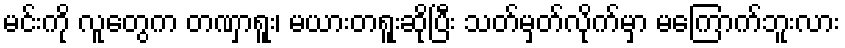
မင်းကို လူတွေက တဏှာရူး၊ မယားတရူးဆိုပြီး သတ်မှတ်လိုက်မှာ မကြောက်ဘူးလား